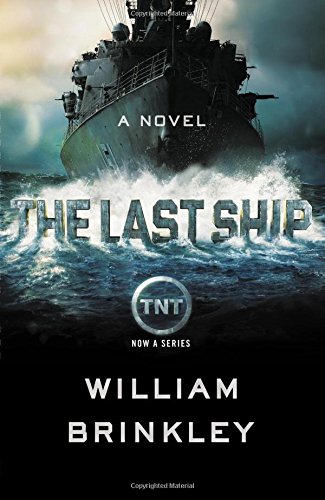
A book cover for The Last Ship: A Novel; William Brinkley; Mystery, Thriller & Suspense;